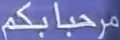
مرحباًبكم